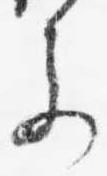
参